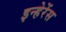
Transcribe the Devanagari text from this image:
इन्हेरेंस